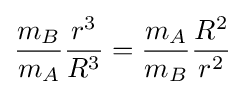
{\frac {m_{B}}{m_{A}}}{\frac {r^{3}}{R^{3}}}={\frac {m_{A}}{m_{B}}}{\frac {R^{2}}{r^{2}}}